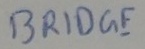
Text: BRIDGE